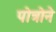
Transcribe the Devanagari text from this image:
पोत्रोने